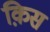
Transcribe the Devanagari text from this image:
क़िस